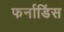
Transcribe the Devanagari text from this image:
फर्नाडिंस